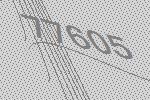
77605